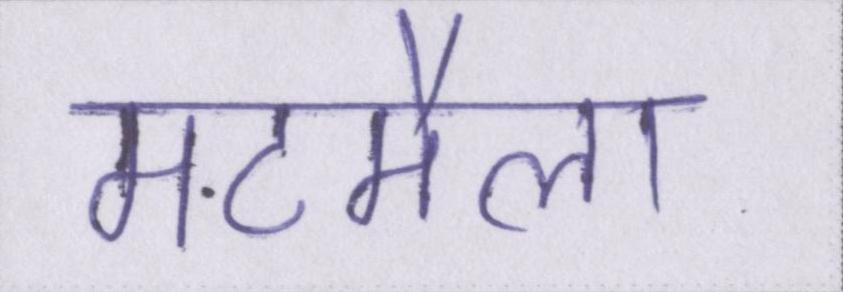
मटमैला